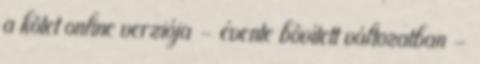
a kötet online verziója – évente bôvített változatban –